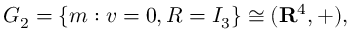
G _ { 2 } = \{ m : v = 0 , R = I _ { 3 } \} \cong ( \mathbf { R } ^ { 4 } , + ) ,